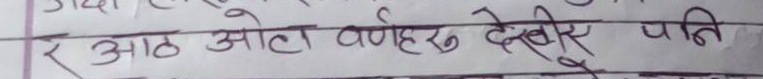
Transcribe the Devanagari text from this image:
र आठ ओटा वर्णहरू देखिँदिए पनि